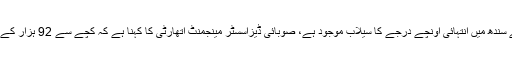
کشمور کندھ کوٹ ضلعے میں متاثرین کی تعداد سب سے زیادہ ہے جہاں دریائے سندھ میں انتہائی اونچے درجے کا سیلاب موجود ہے، صوبائی ڈیزاسسٹر مینجمنٹ اتھارٹی کا کہنا ہے کہ کچے سے 92 ہزار کے قریب لوگوں کا انخلا کیا گیا ہے تاہم مقامی ذرائع اس کی تعداد دوگنی بتاتے ہیں۔